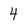
Character: 4